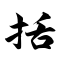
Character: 括